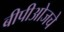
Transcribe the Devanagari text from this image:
बीपीओजचे